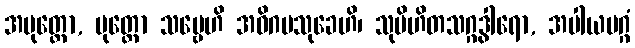
အမုတ္တော, မုတ္တော သဗ္ဗေဟိ အဓိဂမသုခေဟိ၊ သုပိဟိတသဂ္ဂဒွါရော, အပါယမဂ္ဂံ